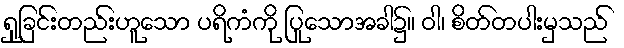
ရှုခြင်းတည်းဟူသော ပရိကံကို ပြုသောအခါ၌။ ဝါ၊ စိတ်တပါးမှသည်